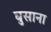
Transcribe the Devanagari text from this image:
घुसाना